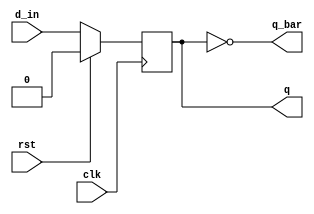
`timescale 1ns / 1ps
//////////////////////////////////////////////////////////////////////////////////
// Company: 
// Engineer: 
// 
// Design Name: 
// Module Name: d_flip_flop
// Project Name: 
// Target Devices: 
// Tool Versions: 
// Description: 
// 
// Dependencies: 
// 
// Revision:
// Revision 0.01 - File Created
// Additional Comments:
// 
//////////////////////////////////////////////////////////////////////////////////


module d_flip_flop(
    input d_in,clk,rst,
    output reg q,output q_bar
    );
    
    assign q_bar=~q;
    always@(posedge clk)
      begin
       if(rst)
         begin
           q<=0;
         end 
      else
       begin
        q<=d_in;
       end 
     end
endmodule